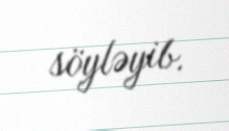
söyləyib.